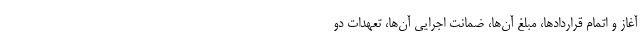
آغاز و اتمام قراردادها، مبلغ آن‌ها، ضمانت اجرایی‌ آن‌ها، تعهدات دو